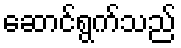
ဆောင်ရွက်သည်